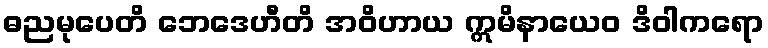
ဓညမုပေတိ ဘေဒေဟီတိ အဝိဟာယ ဣမိနာယေဝ ဒိဝါကရော